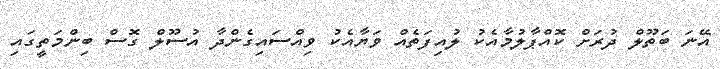
އޭނަ ބަތޫލް ދުރަށް ކޮއްޕާލުމާއެކު ލުއިފަތެއް ވަޔާއެކު ވިއްސައިގެންދާ އުސޫލް ގޮސް ބިންމަތީގައި